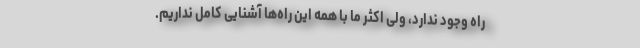
راه وجود ندارد، ولی اکثر ما با همه این راه‌ها آشنایی کامل نداریم.